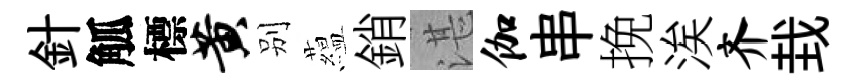
針觚標黄别藴銷湛伽串挽涘齐㘽